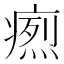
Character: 𤹐